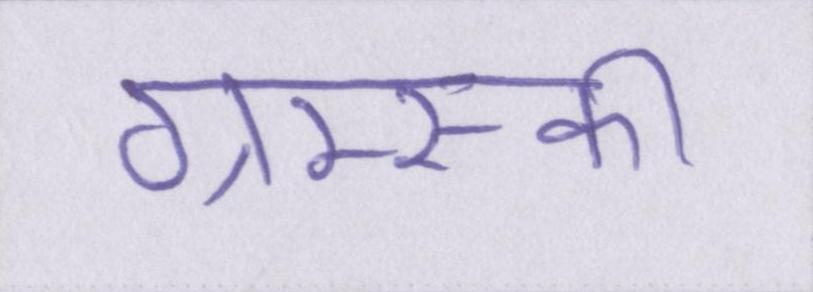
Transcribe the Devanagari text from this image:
ग्राम्स्की